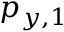
p _ { y , 1 }